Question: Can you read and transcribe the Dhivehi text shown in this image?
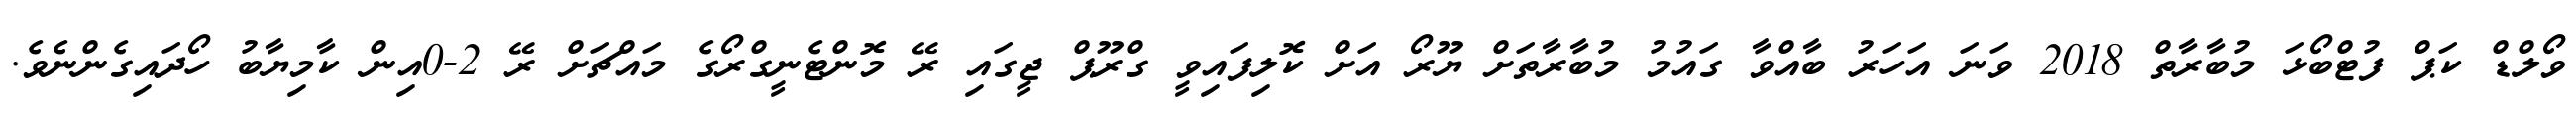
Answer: ވޯލްޑް ކަޕް ފުޓްބޯޅަ މުބާރާތް 2018 ވަނަ އަހަރު ބާއްވާ ގައުމު މުބާރާތަށް ޔޫރޯ އަށް ކޮލިފައިވީ ގްރޫޕް ޖީގައި ރޭ މޮންޓެނީގްރޯގެ މައްޗަށް ރޭ 2-0އިން ކާމިޔާބު ހޯދައިގެންނެވެ.